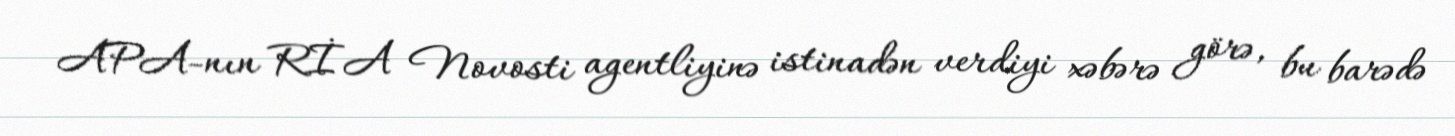
APA-nın RİA Novosti agentliyinə istinadən verdiyi xəbərə görə, bu barədə